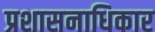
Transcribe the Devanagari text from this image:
प्रशासनाधिकार